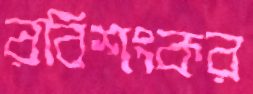
রবিশংকর